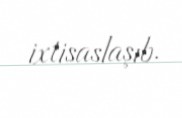
ixtisaslaşıb.